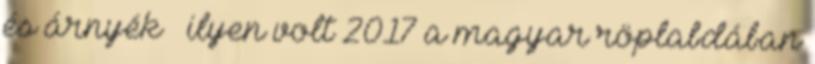
és árnyék – ilyen volt 2017 a magyar röplabdában